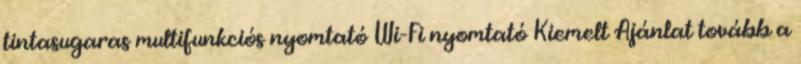
tintasugaras multifunkciós nyomtató Wi-Fi nyomtató Kiemelt Ajánlat tovább a